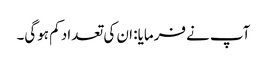
آپ نے فرمایا: ان کی تعداد کم ہوگی۔